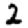
Digit: 2